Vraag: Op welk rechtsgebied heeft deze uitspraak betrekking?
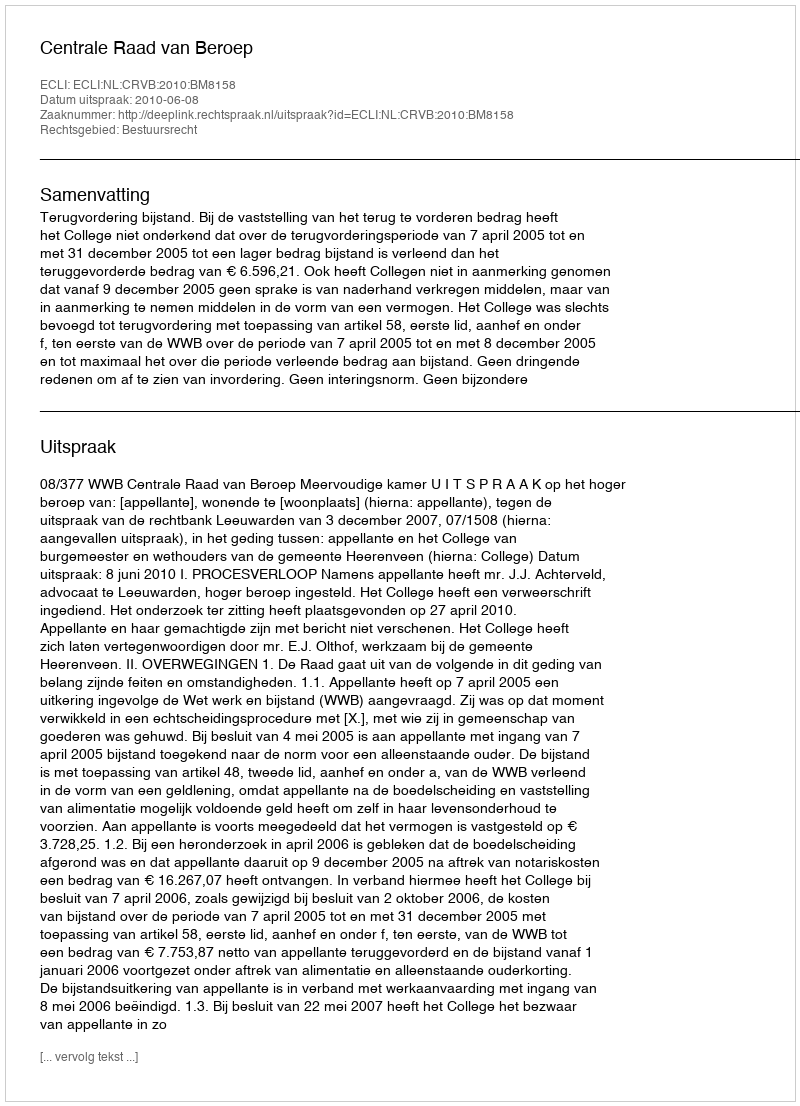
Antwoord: Bestuursrecht